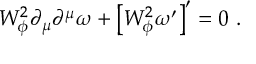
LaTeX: W _ { \phi } ^ { 2 } \partial _ { \mu } \partial ^ { \mu } \omega + \left[ W _ { \phi } ^ { 2 } \omega ^ { \prime } \right] ^ { \prime } = 0 ~ .